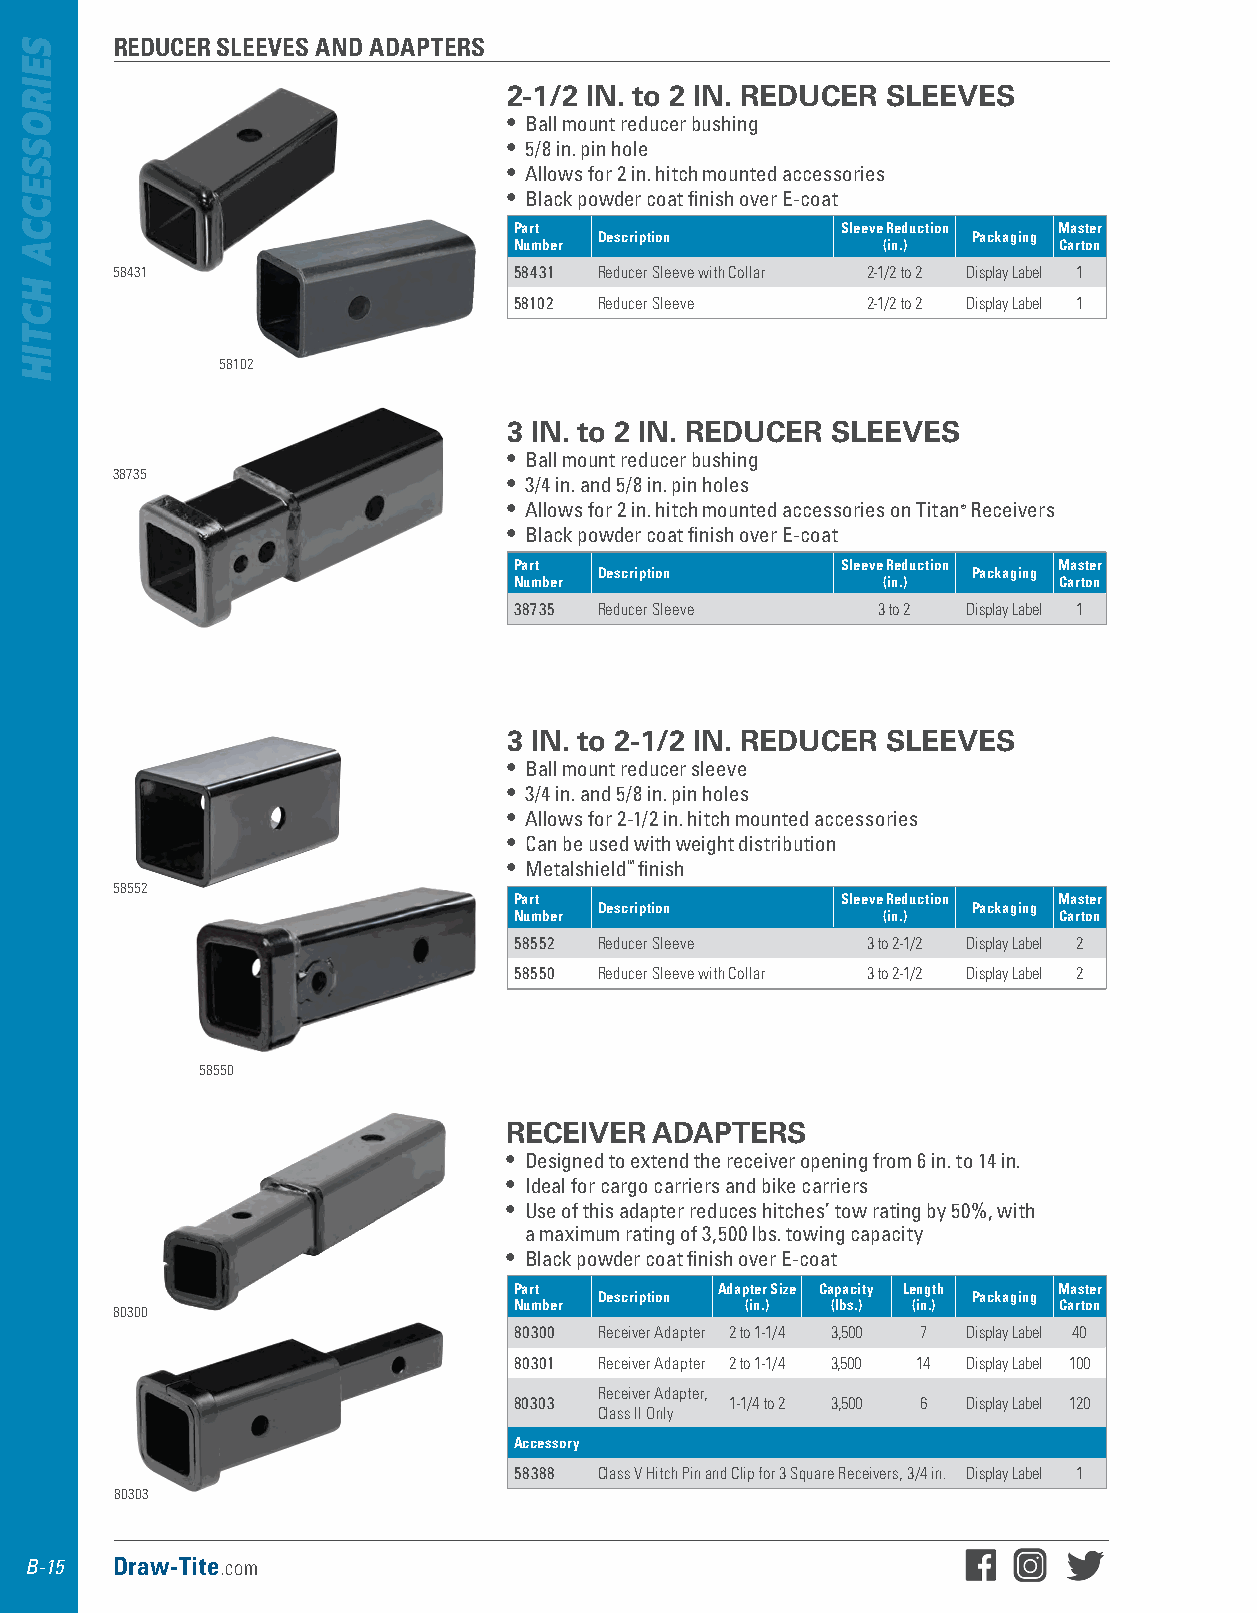
REDUCER SLEEVES AND ADAPTERS
 2-1/2 IN. to 2 IN. REDUCER SLEEVES
 • Ball mount reducer bushing
 • 5/8 in . pin hole
 • Allows for 2 in . hitch mounted accessories
 • Black powder coat finish over E-coat
 Part                  Sleeve Reduction Master
 Description             Packaging
 Number                  (in.)       Carton
 58431                      58431 Reducer Sleeve with Collar 2-1/2 to 2 Display Label 1
 58102 Reducer Sleeve   2-1/2 to 2 Display Label 1
 58102
 3 IN. to 2 IN. REDUCER SLEEVES
 • Ball mount reducer bushing
 38735                      • 3/4 in . and 5/8 in . pin holes
 • Allows for 2 in . hitch mounted accessories on Titan® Receivers
 • Black powder coat finish over E-coat
 Part                  Sleeve Reduction Master
 Description             Packaging
 Number                  (in.)       Carton
 38735 Reducer Sleeve    3 to 2 Display Label 1
 3 IN. to 2-1/2 IN. REDUCER SLEEVES
 • Ball mount reducer sleeve
 • 3/4 in . and 5/8 in . pin holes
 • Allows for 2-1/2 in . hitch mounted accessories
 • Can be used with weight distribution
 • Metalshield™ finish
 58552
 Part                  Sleeve Reduction Master
 Description             Packaging
 Number                  (in.)       Carton
 58552 Reducer Sleeve   3 to 2-1/2 Display Label 2
 58550 Reducer Sleeve with Collar 3 to 2-1/2 Display Label 2
 58550
 RECEIVER  ADAPTERS
 • Designed to extend the receiver opening from 6 in . to 14 in .
 • Ideal for cargo carriers and bike carriers
 • Use of this adapter reduces hitches’ tow rating by 50%, with
 a maximum rating of 3,500 lbs . towing capacity
 • Black powder coat finish over E-coat
 Part         Adapter Size Capacity Length Master
 Description             Packaging
 Number         (in.) (lbs.) (in.)   Carton
 80300
 80300 Receiver Adapter 2 to 1-1/4 3,500 7 Display Label 40
 80301 Receiver Adapter 2 to 1-1/4 3,500 14 Display Label 100
 Receiver Adapter,
 80303         1-1/4 to 2 3,500 6 Display Label 120
 Class II Only
 Accessory
 58388 Class V Hitch Pin and Clip for 3 Square Receivers, 3/4 in. Display Label 1
 80303
 B-15 Draw-Tite.com
 SEIROSSECCA
 HCTIH